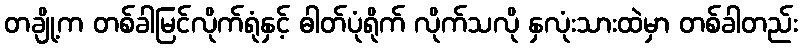
တချို့က တစ်ခါမြင်လိုက်ရုံနှင့် ဓါတ်ပုံရိုက် လိုက်သလို နှလုံးသားထဲမှာ တစ်ခါတည်း